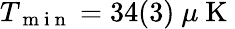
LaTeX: T_{\mathrm{~m~i~n~}}=34(3)~\mu\mathrm{~K~}